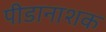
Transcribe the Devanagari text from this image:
पीडानाशक